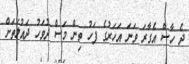
ދެ ހާސް އެގާރަ ވަނަ އަހަރުގެ ފަހު ތިން މަސް ދުވަހު ދައުލަތަށް